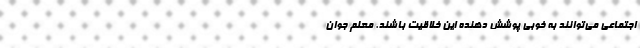
اجتماعی می‌توانند به خوبی پوشش دهنده این خلاقیت باشند. معلم جوان